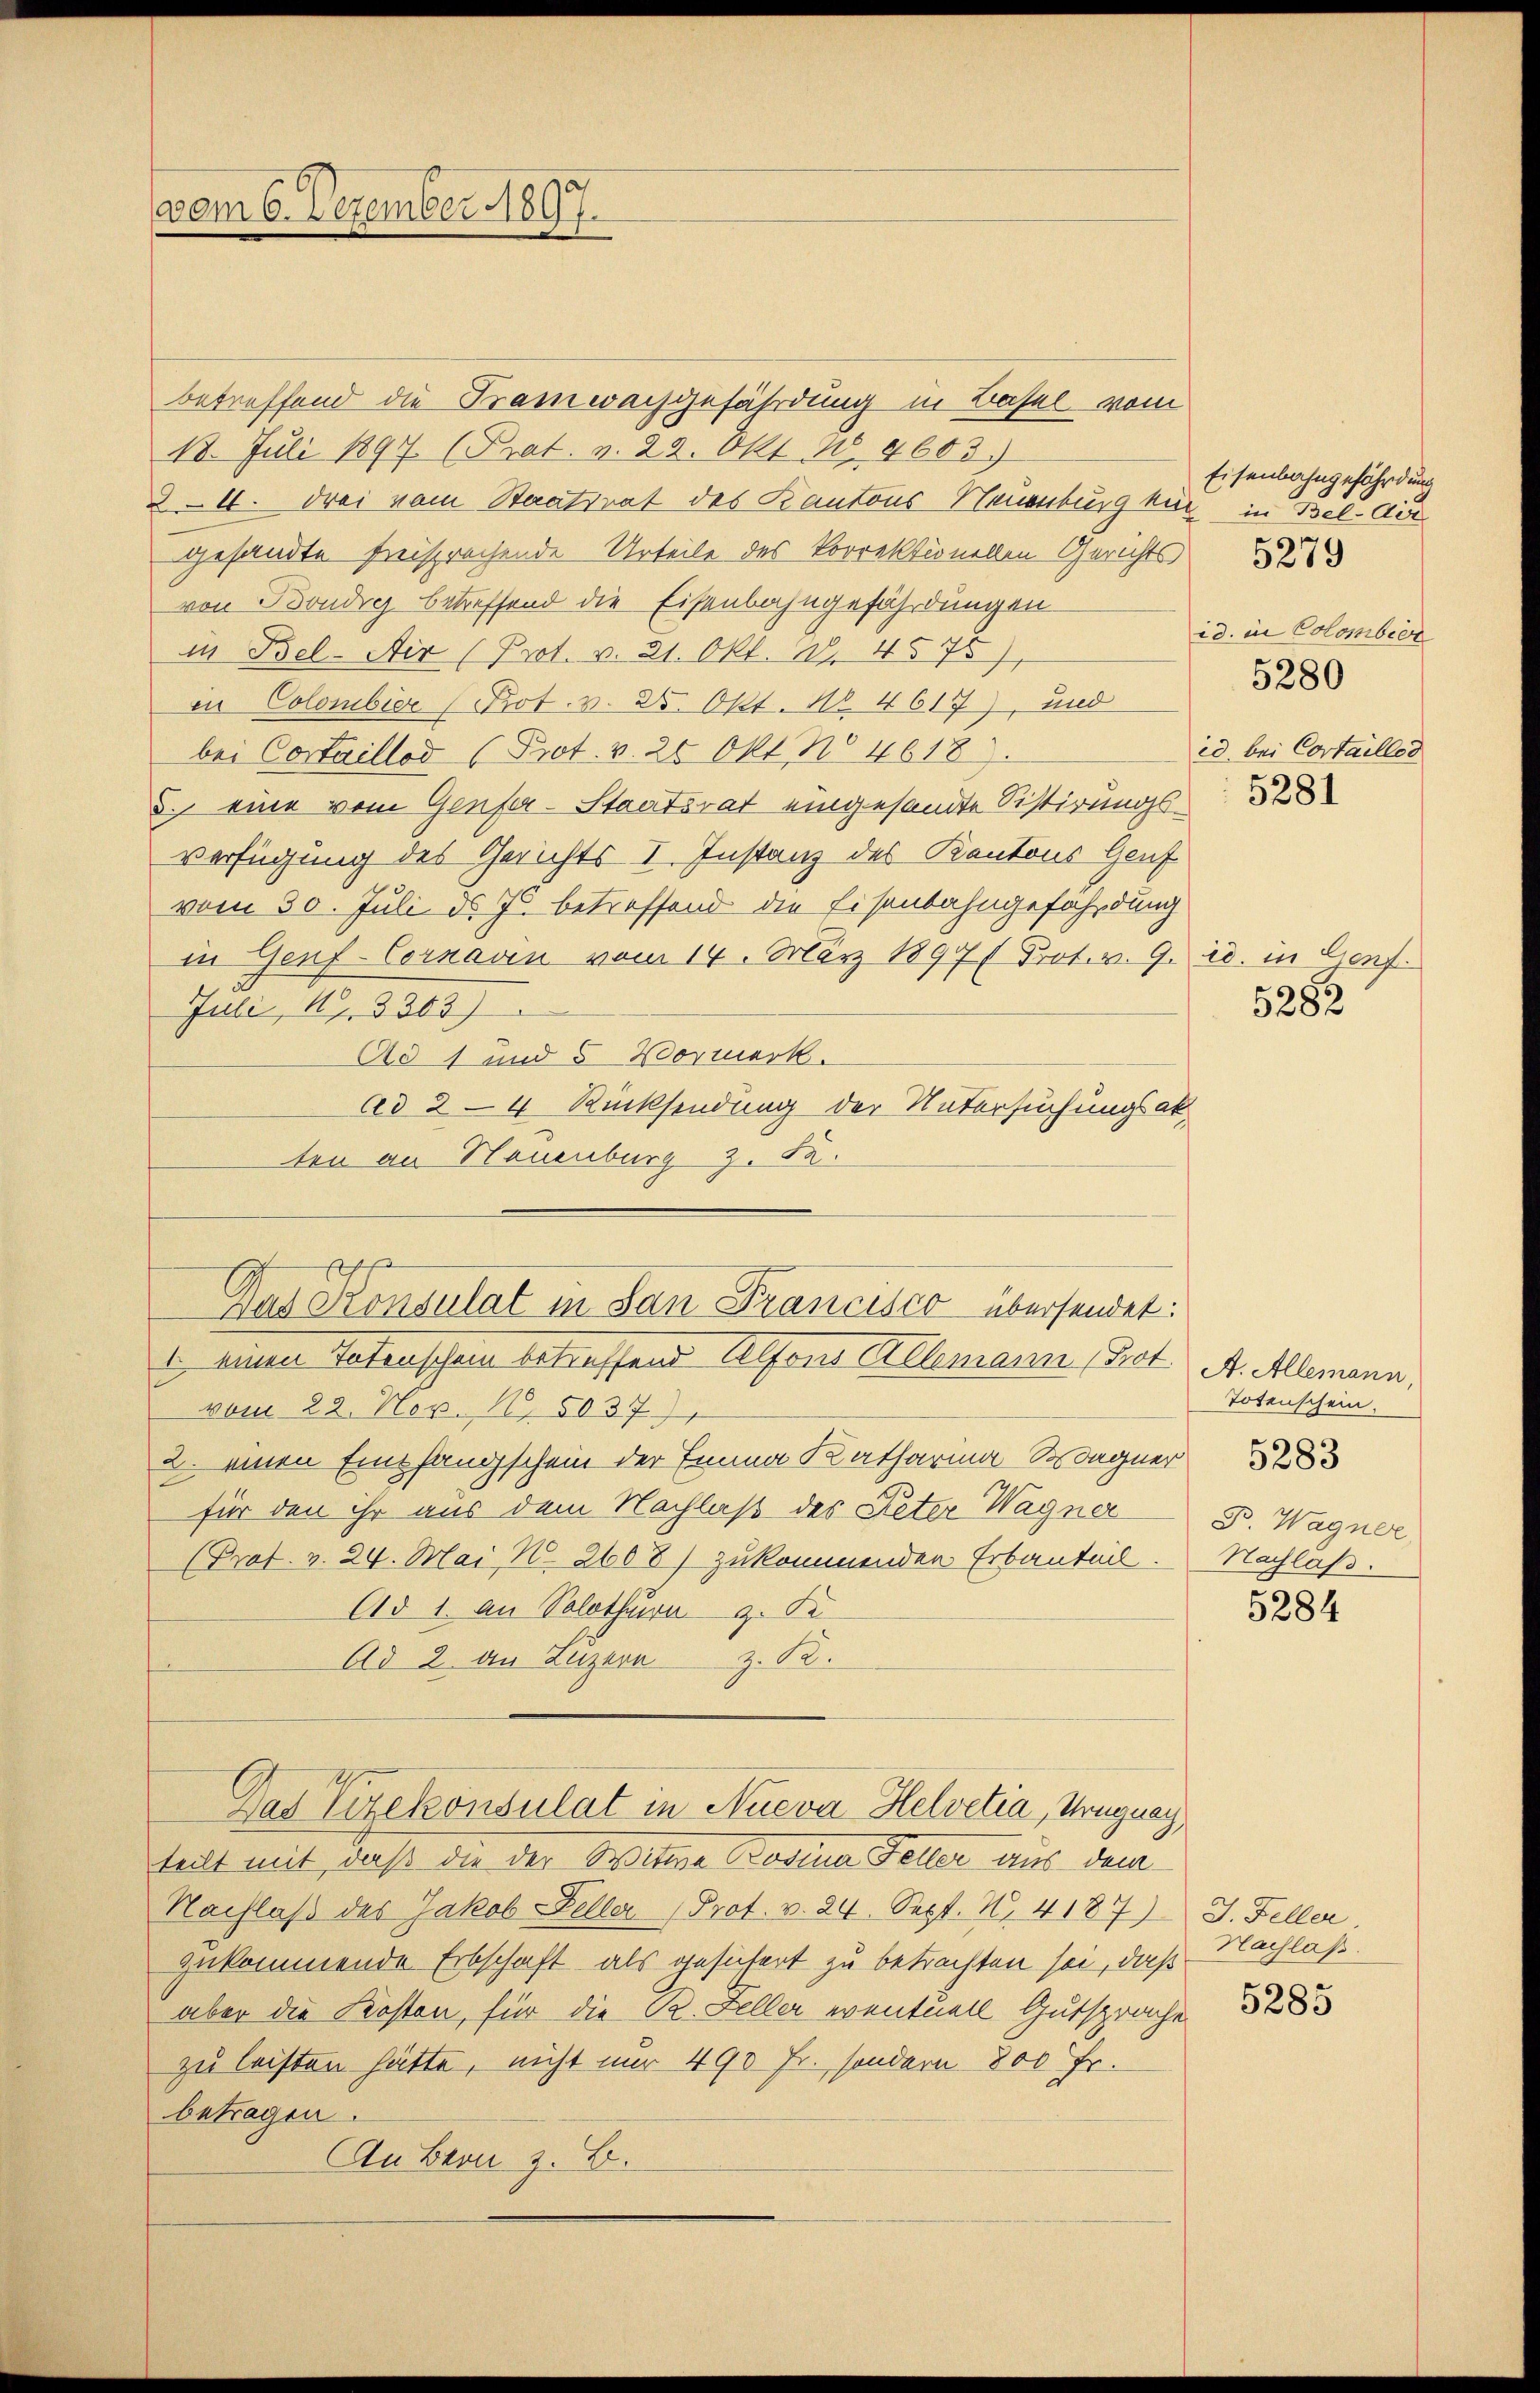
vom 6. Dezember 1897.

betreffend die Tramwachgefährdung in Basel vom
18. Juli 1897. (Prat. v. 22. Okt. 10. 8603.)
24. drei vom Staatsrat des Kantons Neuenburg kurz in Bel-Au
gesandte freisprechende Urteile des Vorrektionellen Gerichts
von Bondrig betreffend die Eisenbahngefährdungen
in Bel-Air (Prot. v. 21. Okt. d. 4575)
in Colombier (Prot. v. 25. Okt. No. 4617), und
bei Costaillod (Prot. v. 28 Okt No 4618.
5., eine vom Genfer-Staatsrat eingesandte Sistirungs
verfügung des Gerichts I. Instanz des Kantons Genf
vom 30. Juli d. Js. betreffend die Eisenbahngefährdung
in Genf-Cornaden vom 14. März 1897/ Prot. v. 9.
Juli, Nr. 3363)
Ad 1 und 5 Vormerk.
ad 24 Rücksendung der Untersuchungsak
ten an Neuenburg z. B.
s
Das Konsulat in San Francisco übersendet:
E. Meiner Vaterschein betreffend Alfons Allemann, Bet
vom 22. Nov. 18. 5037.)
2. einen Empfangschein der Emma Katharina-Wagner
für den ihr aus dem Nachlaß des Peter Wagner
Prat. v. 24. Mai, N. 2607) zukommenden Erbautnis.
Ad 1. An Solothurn z. B
Ad 2. an Luzern Z. 12.

teilt mit, daß die der Seitere Bodena Feller aus dem
Nachlaß des Jakob Keller Prot. v. 24. Sept. N. 4187)
zukommende Erbschaft als gesichert zu betrachten sei, daß
aber die Kosten, für die R. Zeller eventuell Gutsprache
zu leisten hätte, nicht nur 490 Fr. sondern 800 Fr.
betragen.
An Bern z. B.

Das Vizekonsulat in Nueva Helvetia, Uruguay,

Eisenbahngefährdung
id. in Colombeer
5280
id. bei Cortailles

ed. in Genf.
5282

A. Allemann
Totenschein.
B. Wagner,
Nachlaß.
5284

5283

J. Feller
Nachlaß.

5285